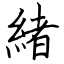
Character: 緒